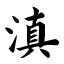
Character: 滇